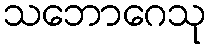
သဘောဂေသု